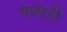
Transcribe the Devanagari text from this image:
गळाही